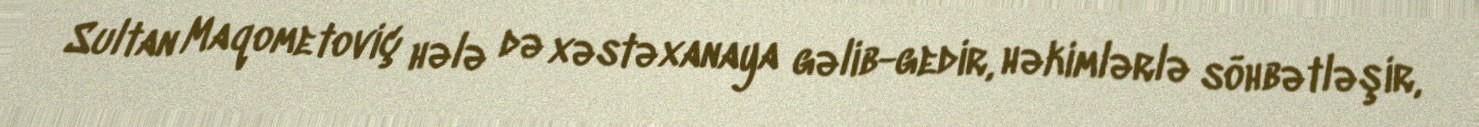
Sultan Maqometoviç hələ də xəstəxanaya gəlib-gedir, həkimlərlə söhbətləşir,